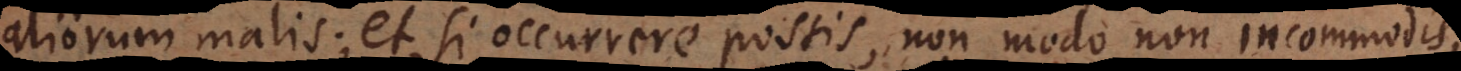
aliorum malis; et, si occurrere possis, non modo non incommodis,